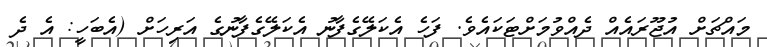
މައްޗަށް އުޖޫރައެއް ދެއްވުމަށްޓަކައެވެ. ފަހެ އެކަލޭގެފާނު އެކަލޭގެފާނުގެ އަރިހަށް (އެބަހީ: އެ ދެ